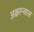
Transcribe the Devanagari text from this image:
अक्षरन्यास